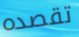
تقصده